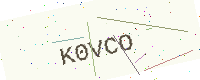
Text: K0VCO